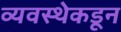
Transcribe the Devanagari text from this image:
व्यवस्थेकडून